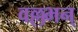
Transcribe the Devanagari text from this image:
वल्लभन्